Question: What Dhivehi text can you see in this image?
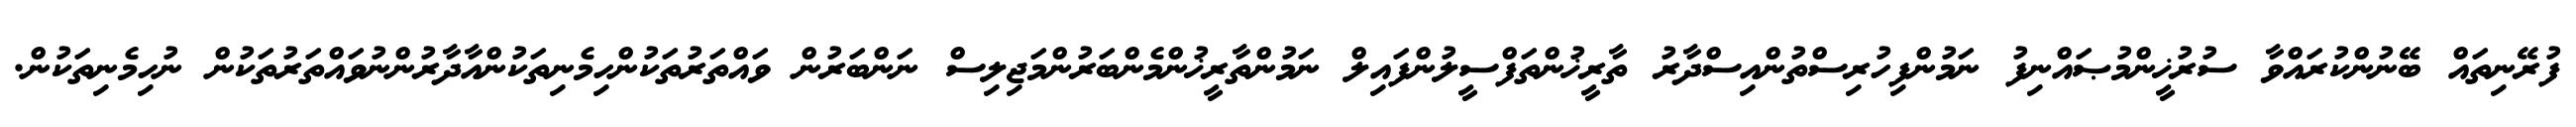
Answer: ފުރޭނިތައް ބޭނުންކުރައްވާ ސުރުޚީންމުޞައްނިފު ނަމުންފިހުރިސްތުންއިސްދާރު ތާރީޚުންތަފްސީލުންފައިލް ނަމުންތާރީޚުންމެންބަރުންމަޖިލިސް ނަންބަރުން ވައްތަރުތަކުންހިމެނިތަކުންއާދާރުންނުވައްތަރުތަކުން ނުހިމެނިތަކުން.